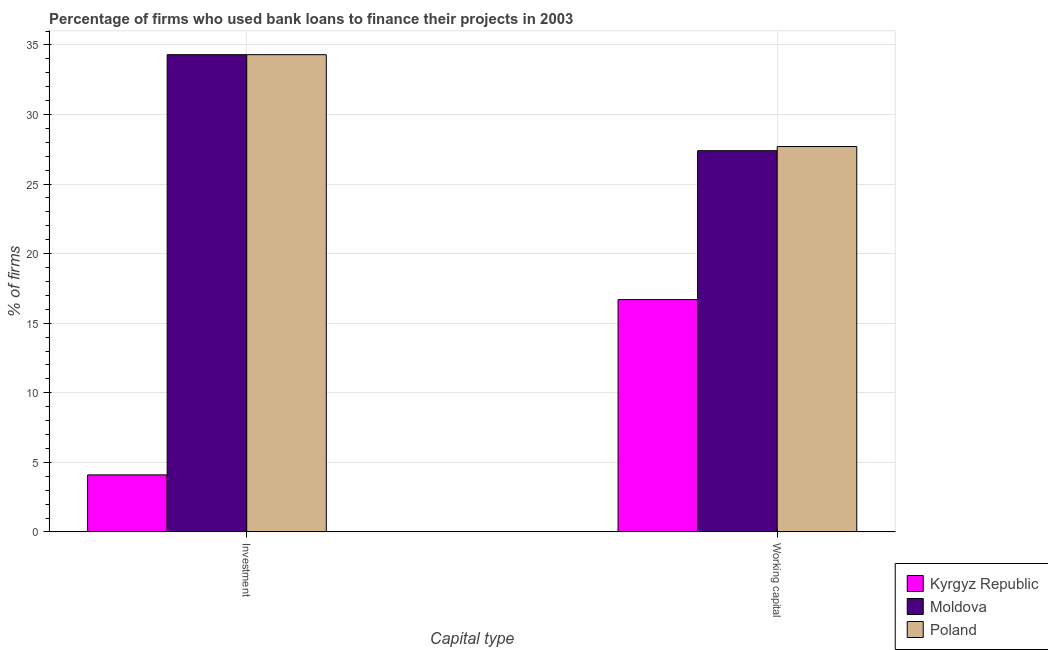
| Capital type | Kyrgyz Republic | Moldova | Poland |
 | --- | --- | --- | --- |
 | Investment | 4.1 | 34.3 | 34.3 |
 | Working capital | 16.7 | 27.4 | 27.7 |